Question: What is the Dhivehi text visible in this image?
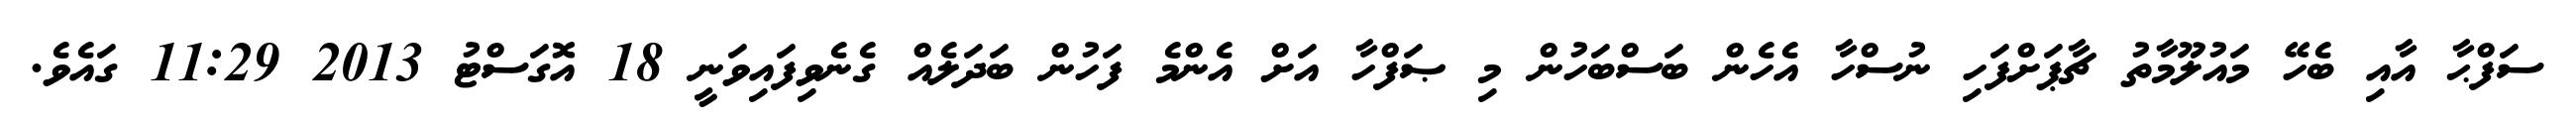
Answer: ސަފްޙާ އާއި ބެހޭ މައުލޫމާތު ޗާޕަށްފަހި ނުސްހާ އެހެން ބަސްބަހުން މި ޞަފްހާ އަށް އެންމެ ފަހުން ބަދަލެއް ގެނެވިފައިވަނީ 18 އޮގަސްޓު 2013 11:29 ގައެވެ.